Report of the Indian Hemp Drugs Commission, 1894-1895 - Volume II
Year: 1894
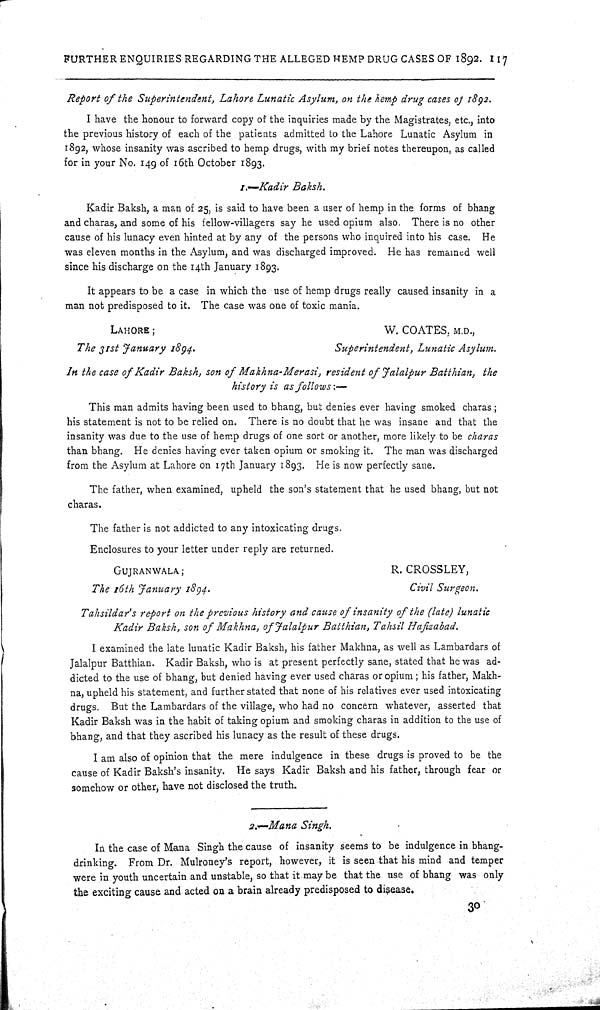
FURTHER ENQUIRIES REGARDING THE ALLEGED HEMP DRUG CASES OF 1892. 117
Report of the Superintendent, Lahore Lunatic Asylum, on the hemp drug cases of 1892.
I have the honour to forward copy of the inquiries made by the Magistrates, etc., into
the previous history of each of the patients admitted to the Lahore Lunatic Asylum in
1892, whose insanity was ascribed to hemp drugs, with my brief notes thereupon, as called
for in your No. 149 of 16th October 1893.
1.—-Kadir Baksh.
Kadir Baksh, a man of 25, is said to have been a user of hemp in the forms of bhang
and charas, and some of his fellow-villagers say he used opium also. There is no other
cause of his lunacy even hinted at by any of the persons who inquired into his case. He
was eleven months in the Asylum, and was discharged improved. He has remained well
since his discharge on the 14th January 1893.
It appears to be a case in which the use of hemp drugs really caused insanity in a
man not predisposed to it. The case was one of toxic mania.
LAHORE;
W. COATES, M.D.,
The 31st January 1894.
Superintendent, Lunatic Asylum.
In the case of Kadir Baksh, son of Makhna-Merasi,
resident of Jalalpur Batthian,
the
history is as follows:—
This man admits having been used to bhang, but denies ever having smoked charas;
his statement is not to be relied on. There is no doubt that he was insane and that the
insanity was due to the use of hemp drugs of one sort or another, more likely to be charas
than bhang. He denies having ever taken opium or smoking it. The man was discharged
from the Asylum at Lahore on 17th January 1893. He is now perfectly sane.
The father, when examined, upheld the son's statement that he used bhang, but not
charas.
The father is not addicted to any intoxicating drugs.
Enclosures to your letter under reply are returned.
GUJRANWALA;
R. CROSSLEY,
The 16th January 1894.
Civil Surgeon.
Tahsildar's report on the previous history and cause of insanity of the (late) lunatic
Kadir Baksh, son of Makhna, of Jalalpur Batthian, Tahsil Hafizabad.
I examined the late lunatic Kadir Baksh, his father Makhna, as well as Lambardars of
Jalalpur Batthian. Kadir Baksh, who is at present perfectly sane, stated that he was ad-
dicted to the use of bhang, but denied having ever used charas or opium; his father, Makh-
na, upheld his statement, and further stated that none of his relatives ever used intoxicating
drugs. But the Lambardars of the village, who had no concern whatever, asserted that
Kadir Baksh was in the habit of taking opium and smoking charas in addition to the use of
bhang, and that they ascribed his lunacy as the result of these drugs.
I am also of opinion that the mere indulgence in these drugs is proved to be the
cause of Kadir Baksh's insanity. He says Kadir Baksh and his father, through fear or
somehow or other, have not disclosed the truth.
2.-Mana
Singh.
In the case of Mana Singh the cause of insanity seems to be indulgence in bhang-
drinking. From Dr. Mulroney's report, however, it is seen that his mind and temper
were in youth uncertain and unstable, so that it may be that the use of bhang was only
the exciting cause and acted on a brain already predisposed to disease.
30